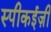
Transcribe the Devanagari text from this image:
स्पीकईज़ी